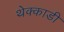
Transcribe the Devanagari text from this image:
थेक्काडी